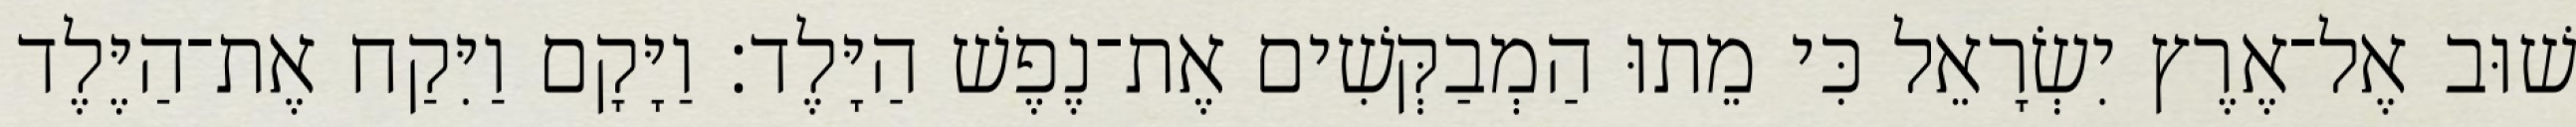
שׁוּב אֶל־אֶרֶץ יִשְׂרָאֵל כִּי מֵתוּ הַמְבַקְּשִׁים אֶת־נֶפֶשׁ הַיָּלֶד׃ וַיָּקָם וַיִּקַח אֶת־הַיֶּלֶד